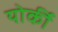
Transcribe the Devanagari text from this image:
योर्की